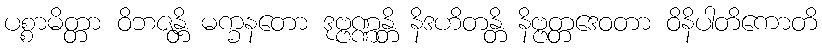
ပစ္စာမိတ္တာ ဝိဘဇန္တိ မက္ခနတော ဒုဗ္ဗဏ္ဏန္တိ နိဒဟိတန္တိ နိဗ္ဗတ္တဒေဝတာ ဝိနိပါတိကောတိ